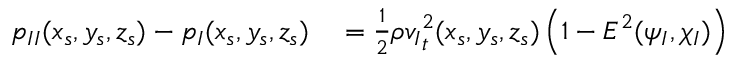
\begin{array} { r l } { { p _ { I I } } ( x _ { s } , y _ { s } , z _ { s } ) - { p _ { I } } ( x _ { s } , y _ { s } , z _ { s } ) } & { { } = { } \frac { 1 } { 2 } \rho { v _ { I } } _ { t } ^ { 2 } ( x _ { s } , y _ { s } , z _ { s } ) \left( 1 - E ^ { 2 } ( \psi _ { I } , \chi _ { I } ) \right) } \end{array}